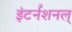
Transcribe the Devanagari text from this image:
इंटर्नॅशनल्